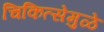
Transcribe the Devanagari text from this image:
चिकित्सेमुळे